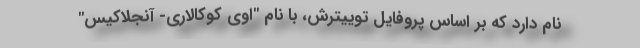
نام دارد که بر اساس پروفایل توییترش، با نام "اوی کوکالاری- آنجلاکیس"